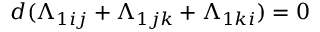
d ( \Lambda _ { 1 i j } + \Lambda _ { 1 j k } + \Lambda _ { 1 k i } ) = 0